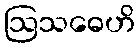
ဩသဓေဟိ